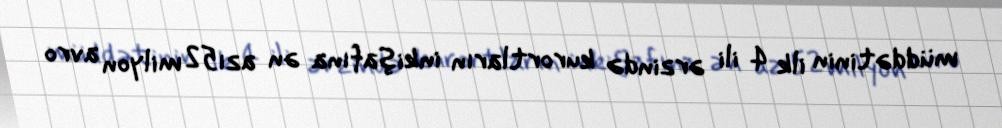
müddətinin ilk 4 ili ərzində kurortların inkişafına ən azı52 milyon avro